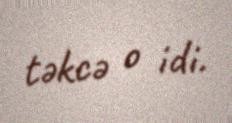
təkcə o idi.